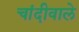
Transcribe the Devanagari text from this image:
चांदीवाले